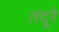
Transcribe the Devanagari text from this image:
तंदूरे